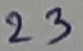
Text: 23